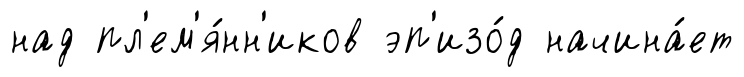
над пл'ем'я́нн'иков эп'изо́д начина́ет